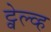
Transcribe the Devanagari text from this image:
ट्वेल्व्ह